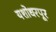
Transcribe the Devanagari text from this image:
यशोधरपूर